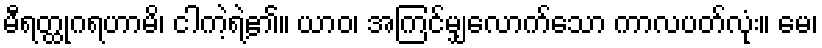
မီရတ္ထုဂရဟာမိ၊ ငါကဲ့ရဲ့၏။ ယာဝ၊ အကြင်မျှလောက်သော ကာလပတ်လုံး။ မေ၊